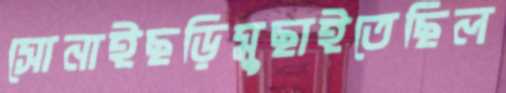
সোনাইছড়িমুছাইতেছিল